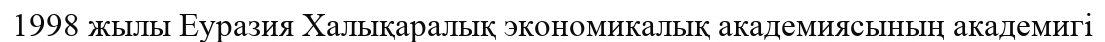
1998 жылы Еуразия Халықаралық экономикалық академиясының академигі